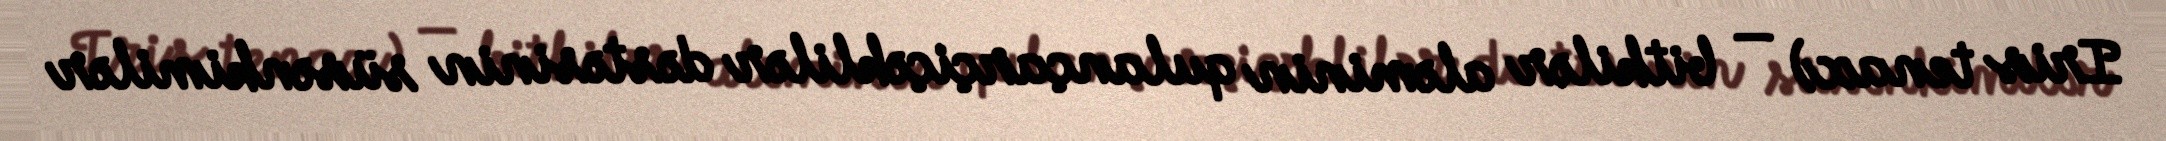
Iris tenax) — bitkilər aləminin qulançarçiçəklilər dəstəsinin süsənkimilər